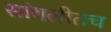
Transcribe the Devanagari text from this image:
सांगलीतच